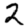
Digit: 2